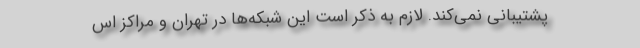
پشتیبانی نمی‌کند. لازم به ذکر است این شبکه‌ها در تهران و مراکز اس